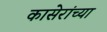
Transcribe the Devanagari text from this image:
कासेरांच्या